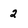
Character: 2